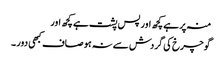
منہ پر ہے کچھ اور پس پشت ہے کچھ اور
گوچرخ کی گردش سے نہ ہو صاف کبھی دور ۔